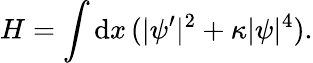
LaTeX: H=\int\mathrm{d}x\, (|\psi^{\prime}|^{2}+\kappa|\psi|^{4}).